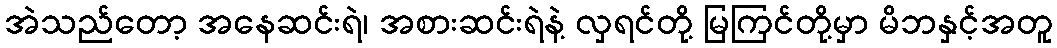
အဲသည်တော့ အနေဆင်းရဲ၊ အစားဆင်းရဲနဲ့ လှရင်တို့ မြကြင်တို့မှာ မိဘနှင့်အတူ